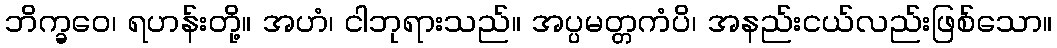
ဘိက္ခဝေ၊ ရဟန်းတို့။ အဟံ၊ ငါဘုရားသည်။ အပ္ပမတ္တကံပိ၊ အနည်းငယ်လည်းဖြစ်သော။